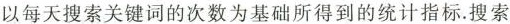
以每天搜索关键词的次数为基础所得到的统计指标。搜索